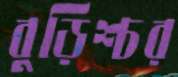
বুড়িশ্চর